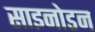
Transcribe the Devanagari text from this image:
साइनोडन